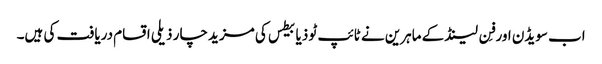
اب سویڈن اور فِن لینڈ کے ماہرین نے ٹائپ ٹو ذیابیطس کی مزید چار ذیلی اقسام دریافت کی ہیں۔